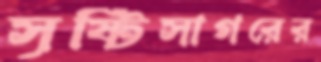
সৃষ্টিসাগরের